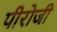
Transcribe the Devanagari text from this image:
पीरोजी